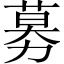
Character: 募